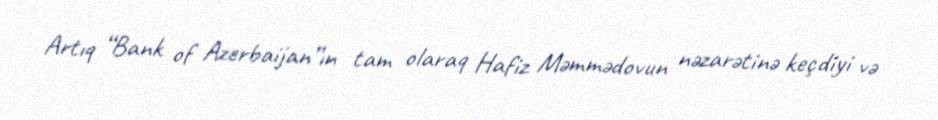
Artıq “Bank of Azerbaijan”ın tam olaraq Hafiz Məmmədovun nəzarətinə keçdiyi və